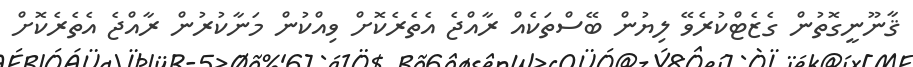
ޤާނޫނީގޮތުން ގެޒެޓްކުރެވޭ ލިޔުން ބޭސްތަކެއް ރާއްޖެ އެތެރެކޮށް ވިއްކުން މަނާކުރުން ރާއްޖެ އެތެރެކޮށް